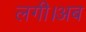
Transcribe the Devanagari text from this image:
लगी।अब